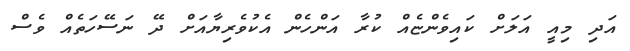
އަދި މިއީ އަލަށް ކައިވެންޏެއް ކުރާ އަންހެން އެކުވެރިޔާއަށް ދޭ ނަސޭހަތެއް ވެސް